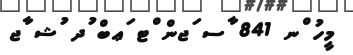
މީހު ްނ 841 ާސ ަޖން ްޓ ަޢބް ުދ ުޝ ާޖ